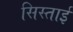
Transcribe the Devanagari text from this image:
सिस्ताई